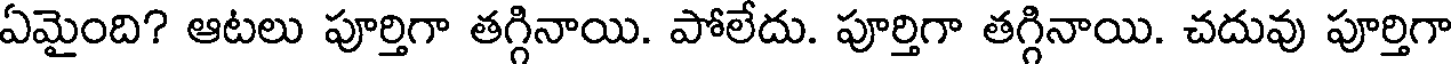
ఏమైంది? ఆటలు పూర్తిగా తగ్గినాయి. పోలేదు. పూర్తిగా తగ్గినాయి. చదువు పూర్తిగా